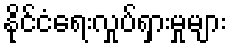
နိုင်ငံရေးလှုပ်ရှားမှုများ